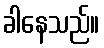
ခါနေသည်။